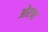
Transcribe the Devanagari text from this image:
ओरया